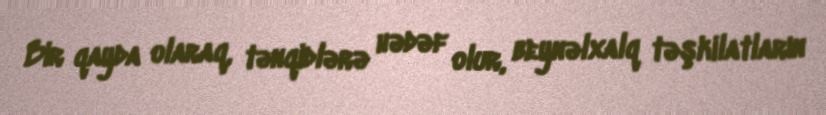
Bir qayda olaraq, tənqidlərə hədəf olur, beynəlxalq təşkilatların